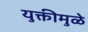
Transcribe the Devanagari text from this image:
युक्तीमुळे